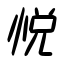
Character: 悦